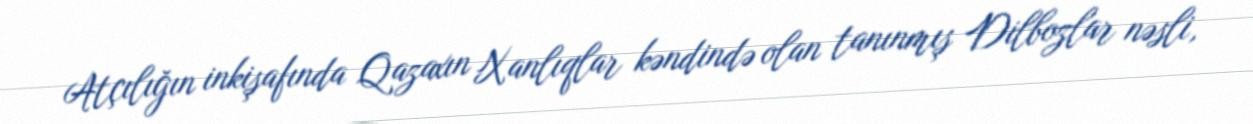
Atçılığın inkişafında Qazaxın Xanlıqlar kəndində olan tanınmış Dilbozlar nəsli,